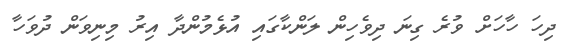
ދިހަ ހާހަށް ވުރެ ގިނަ ދިވެހިން ލަންކާގައި އުޅެމުންދާ އިރު މިނިވަން ދުވަހާ